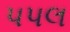
પપલ